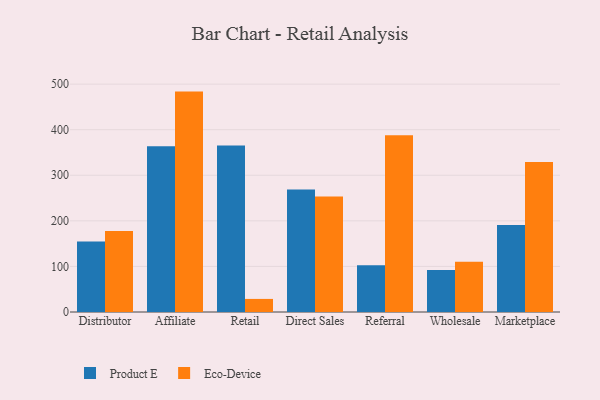
{"axis": {"x": "Channel", "y": "Bounce Rate (%)"}, "legend": ["Eco-Device", "Product E"], "data": [{"x": "Distributor", "y": 154.5, "type": "Product E"}, {"x": "Distributor", "y": 177.6, "type": "Eco-Device"}, {"x": "Affiliate", "y": 363.9, "type": "Product E"}, {"x": "Affiliate", "y": 483.6, "type": "Eco-Device"}, {"x": "Retail", "y": 365.3, "type": "Product E"}, {"x": "Retail", "y": 28.7, "type": "Eco-Device"}, {"x": "Direct Sales", "y": 268.9, "type": "Product E"}, {"x": "Direct Sales", "y": 253.6, "type": "Eco-Device"}, {"x": "Referral", "y": 102.4, "type": "Product E"}, {"x": "Referral", "y": 387.9, "type": "Eco-Device"}, {"x": "Wholesale", "y": 92.4, "type": "Product E"}, {"x": "Wholesale", "y": 110.3, "type": "Eco-Device"}, {"x": "Marketplace", "y": 190.7, "type": "Product E"}, {"x": "Marketplace", "y": 329.4, "type": "Eco-Device"}]}